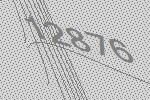
12876